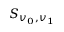
S _ { v _ { 0 } , v _ { 1 } }